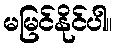
မမြင်နိုင်ပါ။